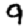
Digit: 9